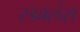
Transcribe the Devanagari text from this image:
रडवलंस